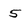
Character: 5